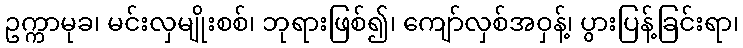
ဥက္ကာမုခ၊ မင်းလှမျိုးစစ်၊ ဘုရားဖြစ်၍၊ ကျော်လှစ်အဝှန့်၊ ပွားပြန့်ခြင်းရာ၊